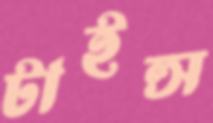
টাইল্স